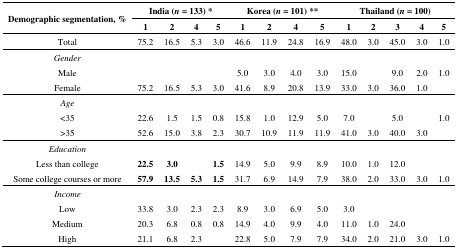
<table><thead><tr><td rowspan="2"><b>Demographic segmentation, %</b></td><td colspan="4"><b>India (<i>n</i> = 133) *</b></td><td colspan="4"><b>Korea (<i>n</i> = 101) **</b></td><td colspan="5"><b>Thailand (<i>n</i> = 100)</b></td></tr><tr><td><b>1</b></td><td><b>2</b></td><td><b>4</b></td><td><b>5</b></td><td><b>1</b></td><td><b>2</b></td><td><b>4</b></td><td><b>5</b></td><td><b>1</b></td><td><b>2</b></td><td><b>3</b></td><td><b>4</b></td><td><b>5</b></td></tr></thead><tbody><tr><td>Total</td><td>75.2</td><td>16.5</td><td>5.3</td><td>3.0</td><td>46.6</td><td>11.9</td><td>24.8</td><td>16.9</td><td>48.0</td><td>3.0</td><td>45.0</td><td>3.0</td><td>1.0</td></tr><tr><td><i>Gender</i></td><td></td><td></td><td></td><td></td><td></td><td></td><td></td><td></td><td></td><td></td><td></td><td></td><td></td></tr><tr><td>Male</td><td></td><td></td><td></td><td></td><td>5.0</td><td>3.0</td><td>4.0</td><td>3.0</td><td>15.0</td><td></td><td>9.0</td><td>2.0</td><td>1.0</td></tr><tr><td>Female</td><td>75.2</td><td>16.5</td><td>5.3</td><td>3.0</td><td>41.6</td><td>8.9</td><td>20.8</td><td>13.9</td><td>33.0</td><td>3.0</td><td>36.0</td><td>1.0</td><td></td></tr><tr><td><i>Age</i></td><td></td><td></td><td></td><td></td><td></td><td></td><td></td><td></td><td></td><td></td><td></td><td></td><td></td></tr><tr><td>&lt;35</td><td>22.6</td><td>1.5</td><td>1.5</td><td>0.8</td><td>15.8</td><td>1.0</td><td>12.9</td><td>5.0</td><td>7.0</td><td></td><td>5.0</td><td></td><td>1.0</td></tr><tr><td>&gt;35</td><td>52.6</td><td>15.0</td><td>3.8</td><td>2.3</td><td>30.7</td><td>10.9</td><td>11.9</td><td>11.9</td><td>41.0</td><td>3.0</td><td>40.0</td><td>3.0</td><td></td></tr><tr><td><i>Education</i></td><td></td><td></td><td></td><td></td><td></td><td></td><td></td><td></td><td></td><td></td><td></td><td></td><td></td></tr><tr><td>Less than college</td><td><b>22.5</b></td><td><b>3.0</b></td><td></td><td><b>1.5</b></td><td>14.9</td><td>5.0</td><td>9.9</td><td>8.9</td><td>10.0</td><td>1.0</td><td>12.0</td><td></td><td></td></tr><tr><td>Some college courses or more</td><td><b>57.9</b></td><td><b>13.5</b></td><td><b>5.3</b></td><td><b>1.5</b></td><td>31.7</td><td>6.9</td><td>14.9</td><td>7.9</td><td>38.0</td><td>2.0</td><td>33.0</td><td>3.0</td><td>1.0</td></tr><tr><td><i>Income</i></td><td></td><td></td><td></td><td></td><td></td><td></td><td></td><td></td><td></td><td></td><td></td><td></td><td></td></tr><tr><td>Low</td><td>33.8</td><td>3.0</td><td>2.3</td><td>2.3</td><td>8.9</td><td>3.0</td><td>6.9</td><td>5.0</td><td>3.0</td><td></td><td></td><td></td><td></td></tr><tr><td>Medium</td><td>20.3</td><td>6.8</td><td>0.8</td><td>0.8</td><td>14.9</td><td>4.0</td><td>9.9</td><td>4.0</td><td>11.0</td><td>1.0</td><td>24.0</td><td></td><td></td></tr><tr><td>High</td><td>21.1</td><td>6.8</td><td>2.3</td><td></td><td>22.8</td><td>5.0</td><td>7.9</td><td>7.9</td><td>34.0</td><td>2.0</td><td>21.0</td><td>3.0</td><td>1.0</td></tr></tbody></table>